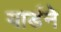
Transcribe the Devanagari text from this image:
यार्डने